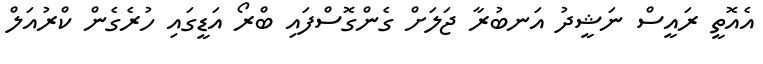
އެއޮތީ ރައީސް ނަޝީދު އަނބުރާ ޖަލަށް ގެންގޮސްފައި ބްރޯ އަޑީގައި ހުރެގެން ކްރުއަލް